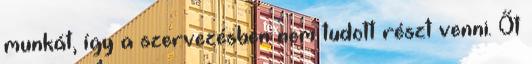
munkát, így a szervezésben nem tudott részt venni. Őt